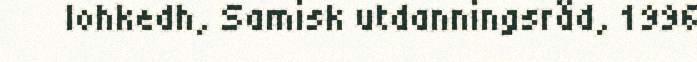
lohkedh, Samisk utdanningsråd, 1996